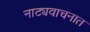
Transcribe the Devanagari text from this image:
नाट्यवाचनात